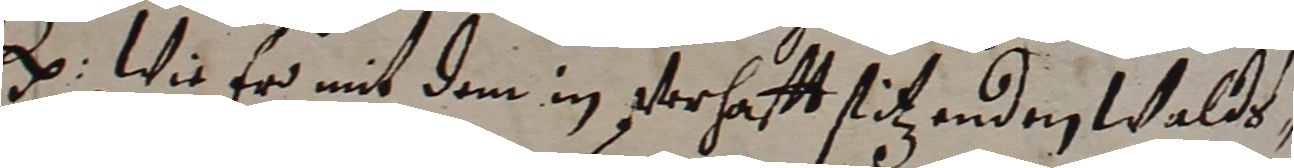
e. wie er mit dem in verhafft stitzenden walds,